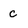
Character: c